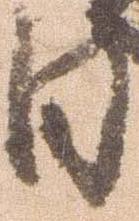
日